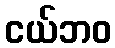
ငယ်ဘဝ